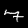
Label: 7